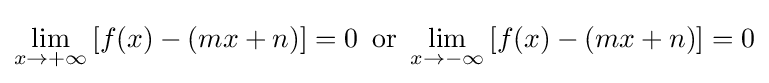
\lim _{x\to +\infty }\left[f(x)-(mx+n)\right]=0\,{\mbox{ or }}\lim _{x\to -\infty }\left[f(x)-(mx+n)\right]=0